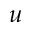
u